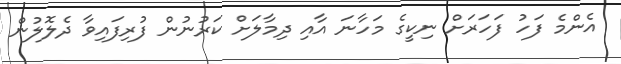
އެންމެ ފަހު ފަހަރަށް ނިކީގެ މަހާނަ އާއި ދިމާލަށް ކަރުނުން ފުރިފައިވާ ދެލޮލުން